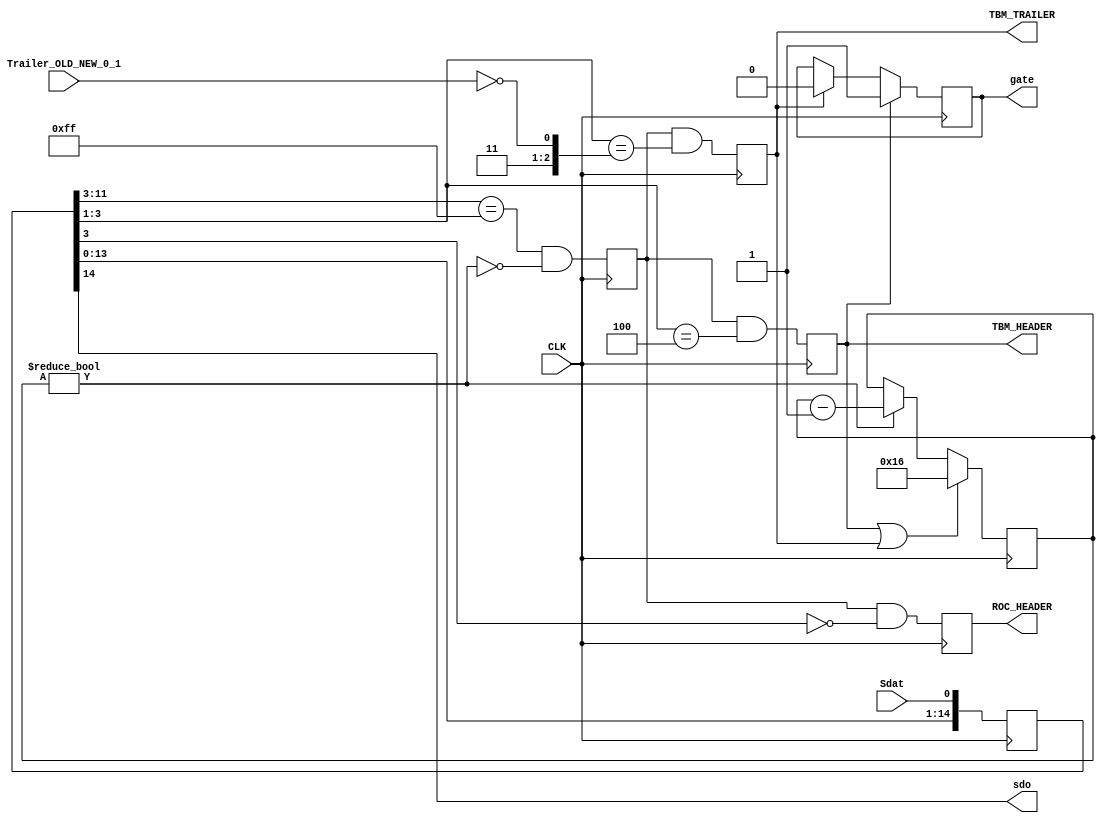
module HeaderTrailer
(
	input Sdat,
	input CLK,
	input Trailer_OLD_NEW_0_1,
	output reg TBM_HEADER,
	output reg ROC_HEADER,
	output reg TBM_TRAILER,
	output reg gate,
	output sdo
);

  reg start;
	reg [4:0]delay;
	wire veto = delay != 0;
	reg [14:0]shift;

	// --- shift register (shift <- Sdat)
	always @(posedge CLK)	shift <= {shift[13:0], Sdat};

	wire [8:0]leader = shift[11:3]; // 9 bit leader (011111111)
	wire [2:0]id     = shift[3:1];  // 3 bit header id (1 CLK cycle delayed)
	assign sdo       = shift[14];   // serial data output

	// --- 9 bit start marker detector 011111111
	always @(posedge CLK)	start <= (leader == 9'b011111111) && !veto;
	
	// --- veto counter to skip TBM header/trailer data
	always @(posedge CLK)
	begin
		if (TBM_HEADER || TBM_TRAILER) delay <= 22;
		else if (veto) delay <= delay - 1;
	end

	// --- header/trailer type separation
	always @(posedge CLK)
	begin
		TBM_HEADER  <= start && (id == 3'b100);
		TBM_TRAILER <= start && (id == {2'b11, ~Trailer_OLD_NEW_0_1});
		ROC_HEADER  <= start && !id[2];
	end

  // --- data gate
  always @(posedge CLK)
  begin
    if (TBM_HEADER)       gate <= 1;
    else if (TBM_TRAILER) gate <= 0;
  end

endmodule